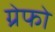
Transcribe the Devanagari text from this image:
ग्रेफो